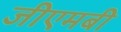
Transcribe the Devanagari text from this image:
जीएमबी